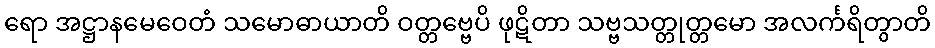
ရော အဋ္ဌာနမေဝေတံ သမောဓာယာတိ ဝတ္တဗ္ဗေပိ ဖုဋိတာ သဗ္ဗသတ္တုတ္တမော အလင်္ကရိတွာတိ